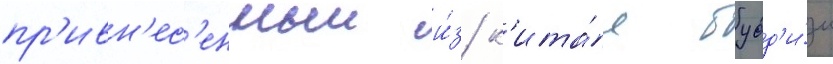
пр'ивн'ес'енныи и́з к'ита́я будд'и́зм